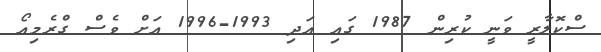
ސްކޮލާރީ ވަނީ ކުރިން 1987 ގައި އަދި 1993-1996 އަށް ވެސް ގްރެމިއޯ